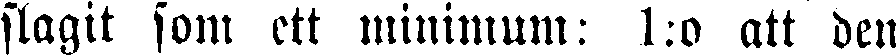
slagit som ett minimum: 1:o att den